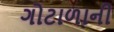
ગોટાળાની